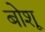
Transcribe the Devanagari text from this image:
बोशू